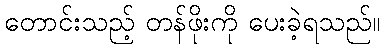
တောင်းသည့် တန်ဖိုးကို ပေးခဲ့ရသည်။